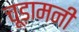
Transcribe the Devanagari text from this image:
चूड़ामनी